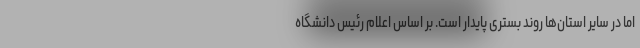
اما در سایر استان‌ها روند بستری پایدار است. بر اساس اعلام رئیس دانشگاه